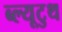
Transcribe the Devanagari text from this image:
ब्ल्यूटुथ